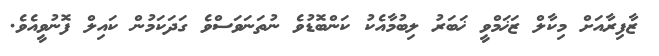
ޒާފިރާއަށް މިކާލް ޒަޚަމްވީ ޚަބަރު ލިބުމާއެކު ކަންބޮޑުވެ ނުތަނަވަސްވެ ގަދަކަމުން ކައިލް ފޮނުވީއެވެ.